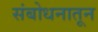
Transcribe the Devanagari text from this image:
संबोधनातून